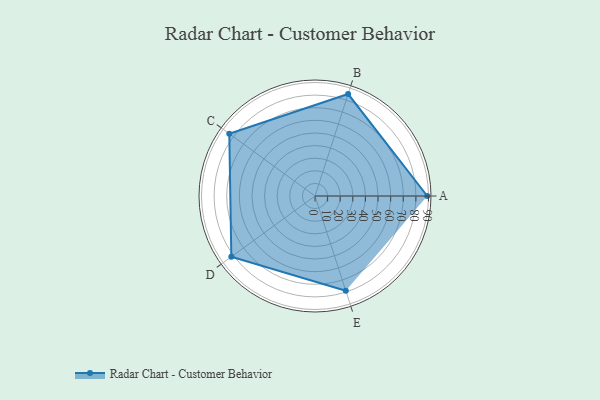
{"axis": {"x": "Skill", "y": "Score"}, "legend": ["Profile"], "data": [{"x": "A", "y": 89.0, "type": "Profile"}, {"x": "B", "y": 85.0, "type": "Profile"}, {"x": "C", "y": 84.0, "type": "Profile"}, {"x": "D", "y": 82.0, "type": "Profile"}, {"x": "E", "y": 79.0, "type": "Profile"}]}